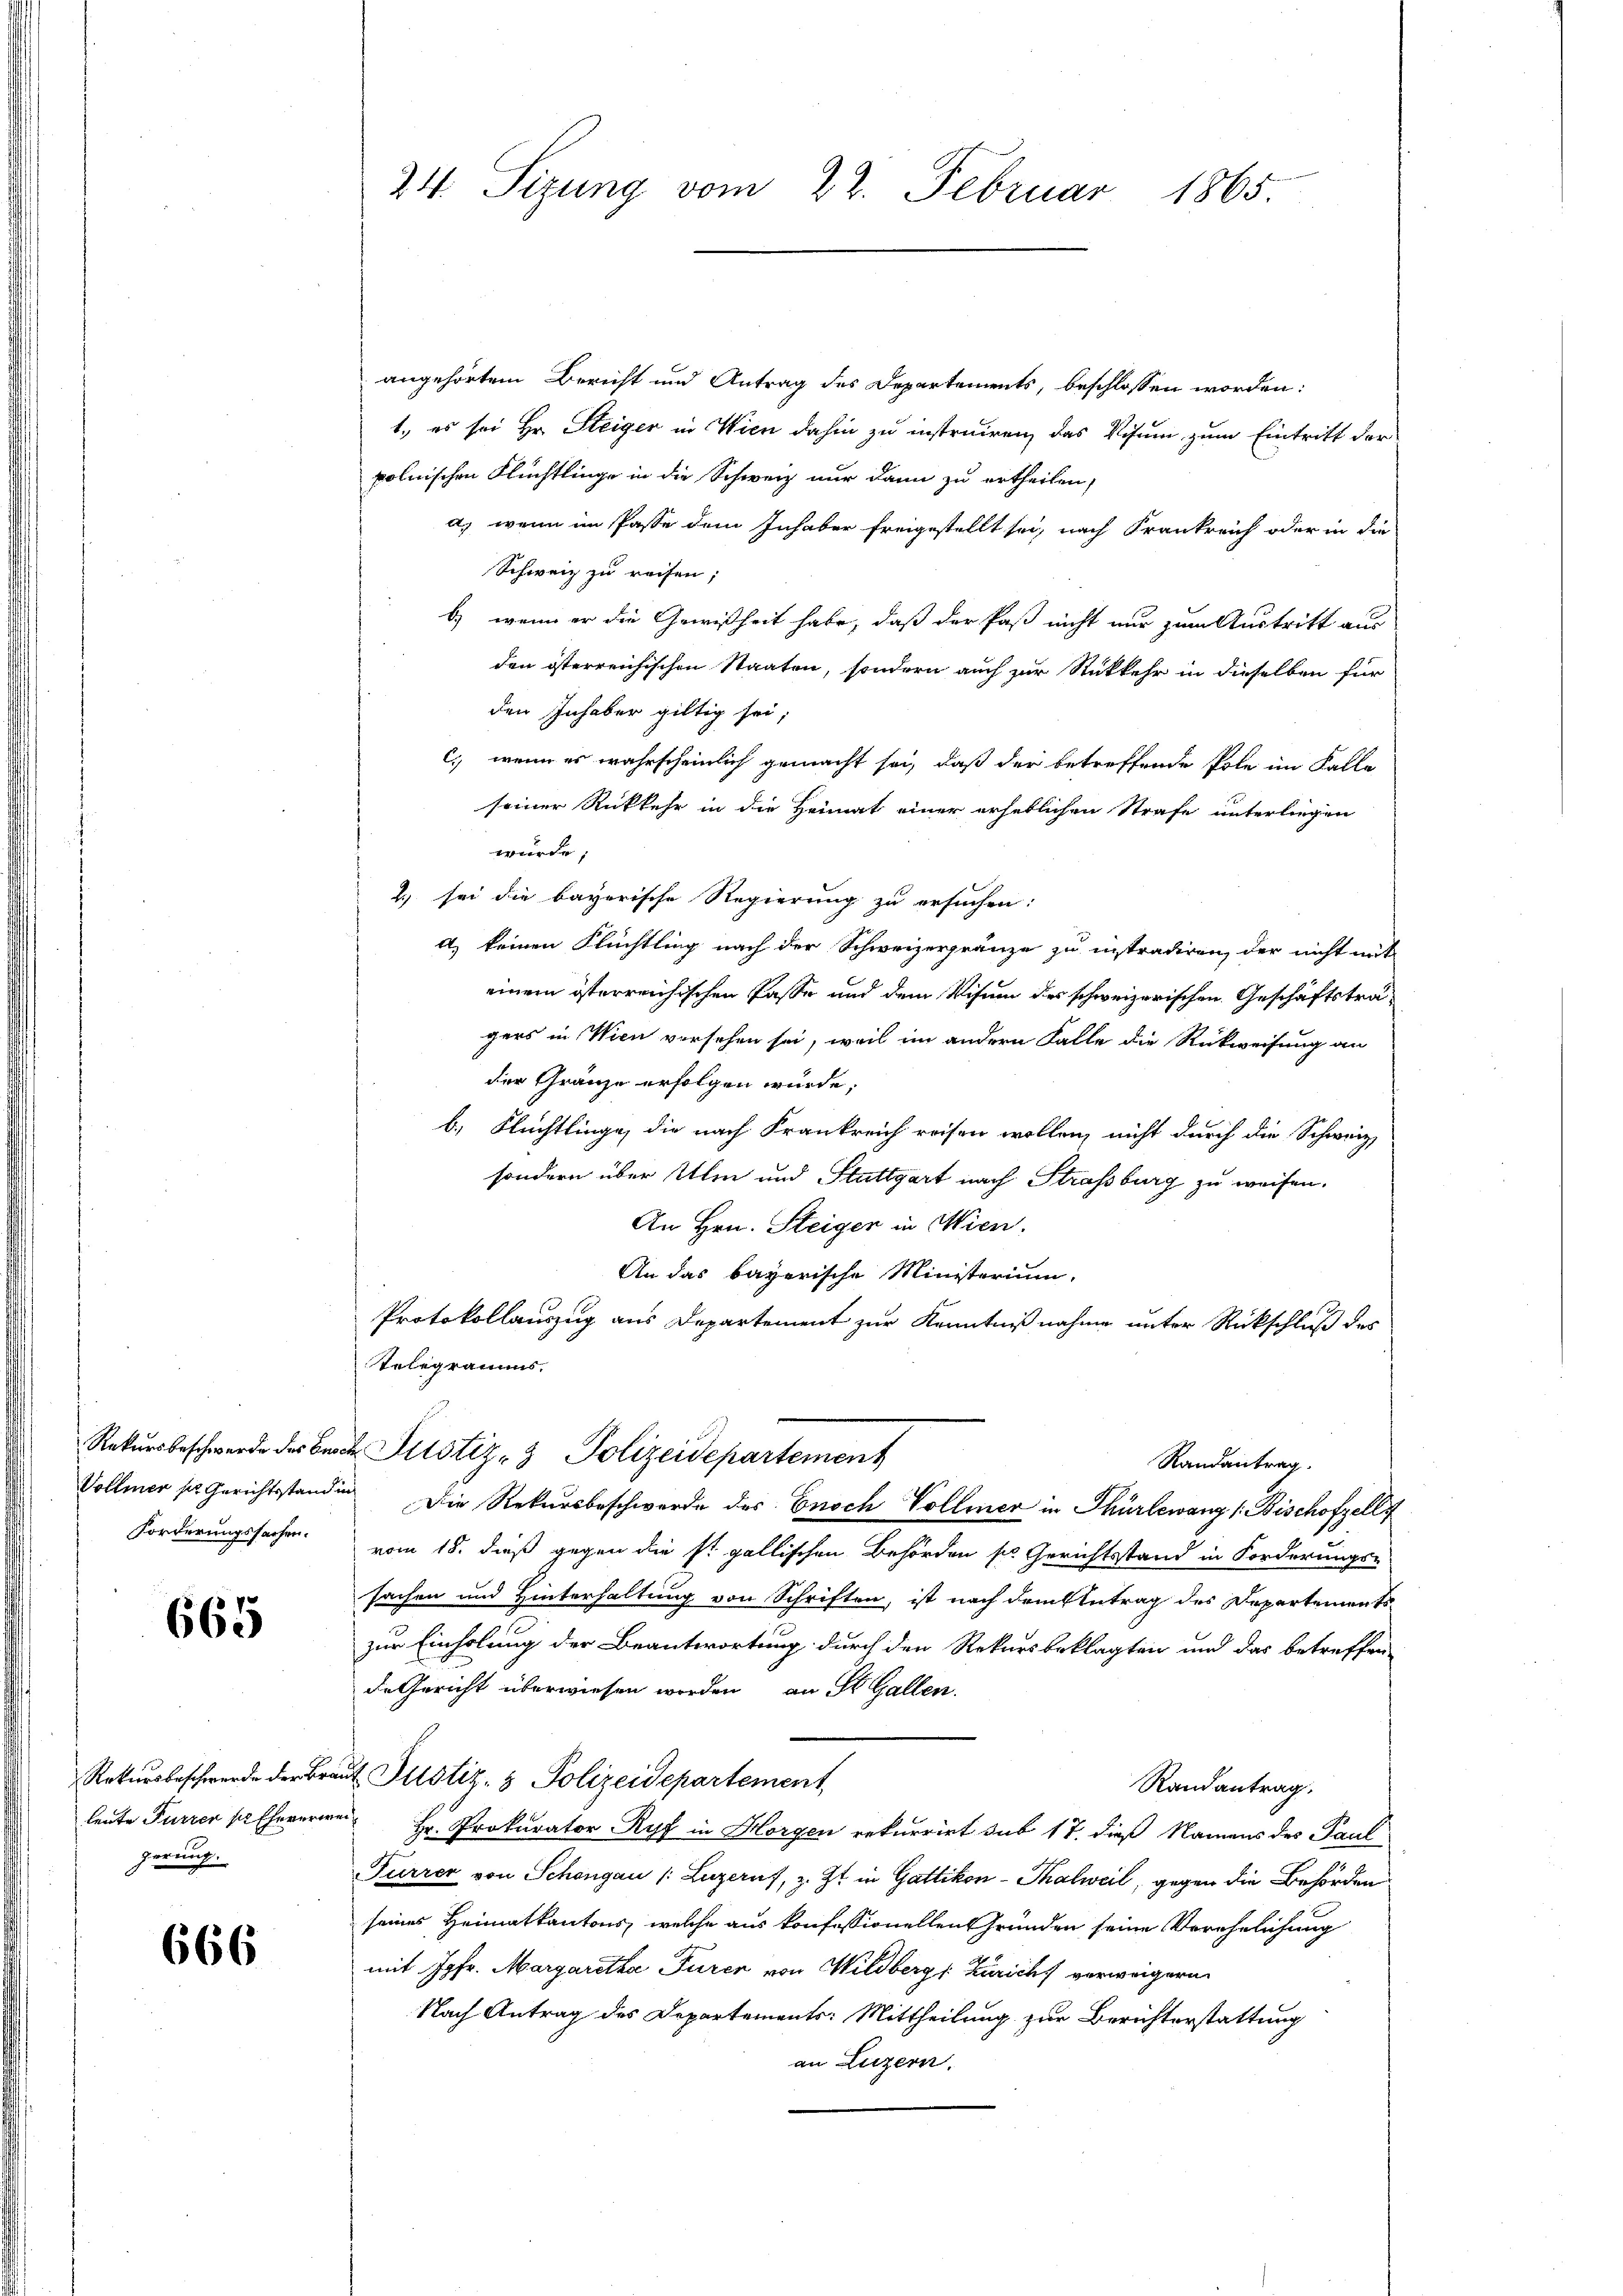
Vollmer sr. Gerichtsstand in
Forderungssachen.

665

Rekursbeschwerde der Bra
leute Furrer ser Ehererer
gerung.

666

24. Sizung vom 22. Februar 1865.

angehörtem Bericht und Antrag des Departements, beschlossen worden:
1., es sei Hr. Steiger in Wien dahin zu instruiren, das Visum zum Eintritt der
polnischen Flüchtlinge in die Schweiz nur dann zu ertheilen,
a) wenn im Pässe dem Inhaber freigestellt sei, nach Frankreich oder in die
Schweiz zu reisen;
b) wenn er die Gewißheit habe, daß der Paß nicht nur zum Austritt aus
den österreichischen Staaten, sondern auch zur Stükkehr in dieselben für
den Inhaber giltig sei;
c) wenn es wahrscheinlich gemacht sei, daß der betreffende Pole im Falle
seiner Rückkehr in die Heimat einer erheblichen Strafe unterliegen
würde;
2) sei die bayerische Regierung zu ersuchen:
a) keinen Flüchtling nach der Schweizergränze zu instradiren, der nicht mit
einem österreichischen Pässe und dem Visum des schweizerischen Geschäftstragers in Wien vorsehen sei, weil im andern Falle die Rückweisung an
der Gränze erfolgen würde,
b.) Flüchtlinge, die nach Frankreich reisen wollen, nicht durch die Schweiz,
sondern über Ulm und Stuttgart nach Strassburg zu weisen.
An Hrn. Steiger in Wien.
An das bayerische Ministerium,
Protokollauszug aus Departement zur Kenntnißnahme unter Rückschluß des
Telegramms.
Rekursbeschwerde des Berat Pitstiz- & Polizeidepartement
Randantrag.
Die Rekursbeschwerde des Ensch Vollmer in Thürlewang /: Bischofzell
vom 18. dieß gegen die st. gallischen Behörden sie Gerichtsstand in Forderungs-
sachen und Hinterhaltung von Schriften, ist nach dem Antrag des Departements
zur Einholung der Beantwortung durch den Rekursbeklagten und das betreffen
de Gericht überwiesen worden an St. Gallen.
 Justiz- & Polizeidepartement
Randantrag.
Hr. Prokurator Ryf in Horgen rekurrirt sub 17. dieß Namens des Paul
Furrer von Schöngau (: Luzerns, z. Zt. in Gattikon-Thalweil, gegen die Behörden
seines Heimatkantons, welche aus konfessionellen Gründen seine Verehelichung
mit Jgfr. Margaretha Furer von Wildbergs Zürich verweigern
Nach Antrag des Departements: Mittheilung zur Berichterstattung
an Luzern.